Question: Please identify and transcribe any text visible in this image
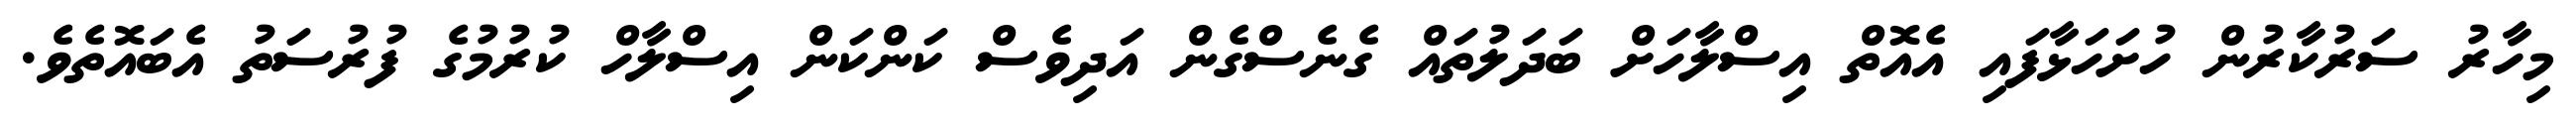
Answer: މިހާރު ސަރުކާރުން ހުށަހަޅާފައި އެއޮތް އިސްލާހަށް ބަދަލުތައް ގެނެސްގެން އަދިވެސް ކަންކަން އިސްލާހް ކުރުމުގެ ފުރުސަތު އެބައޮތެވެ.